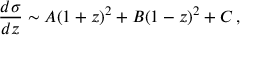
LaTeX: { \frac { d \sigma } { d z } } \sim A ( 1 + z ) ^ { 2 } + B ( 1 - z ) ^ { 2 } + C \, ,